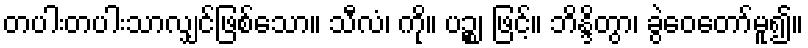
တပါးတပါးသာလျှင်ဖြစ်သော။ သီလံ၊ ကို။ ပဉ္စ၊ ဖြင့်။ ဘိန္ဒိတွာ၊ ခွဲဝေတော်မူ၍။